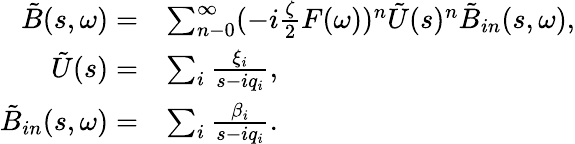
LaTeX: \begin{array}{rl}{\tilde{B}(s,\omega)=}&{\sum_{n-0}^{\infty}(-i\frac{\zeta}{2}F(\omega))^{n}\tilde{U}(s)^{n}\tilde{B}_{in}(s,\omega),}\\ {\tilde{U}(s)=}&{\sum_{i}\frac{\xi_{i}}{s-iq_{i}},}\\ {\tilde{B}_{in}(s,\omega)=}&{\sum_{i}\frac{\beta_{i}}{s-iq_{i}}.}\end{array}